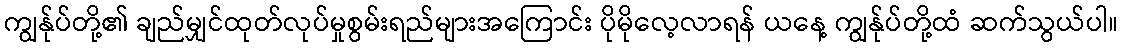
ကျွန်ုပ်တို့၏ ချည်မျှင်ထုတ်လုပ်မှုစွမ်းရည်များအကြောင်း ပိုမိုလေ့လာရန် ယနေ့ ကျွန်ုပ်တို့ထံ ဆက်သွယ်ပါ။